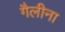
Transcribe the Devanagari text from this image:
गैलीना